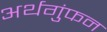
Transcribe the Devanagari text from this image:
अर्थगुंफन